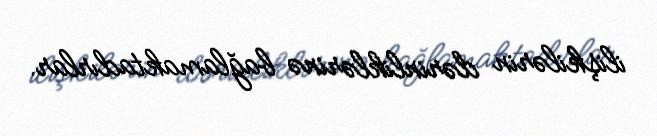
ilişkilərin dərinliklərinə bağlamaktadırlar.